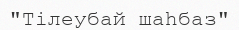
"Тілеубай шаһбаз"